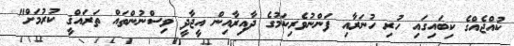
ކުއްޖެއްގެ ކިބައިގައި ހުރި ހުނަރާއި ފަންނުވެރިކަމުގެ ދާއިރާއިން އީޖާދީ ވިސްނުންތައް ތަރައްޤީ ކުރުމަށް"